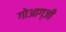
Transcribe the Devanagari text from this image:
गोआग्जी